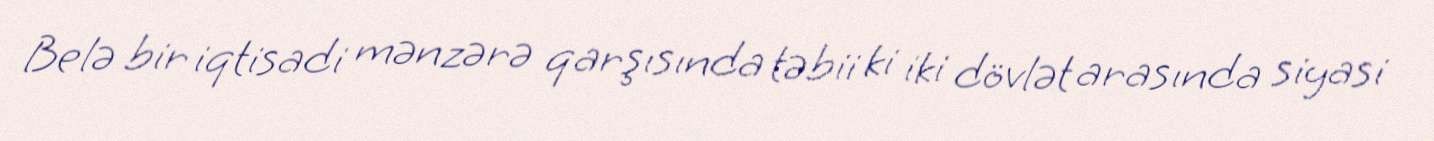
Belə bir iqtisadi mənzərə qarşısında təbii ki iki dövlət arasında siyasi